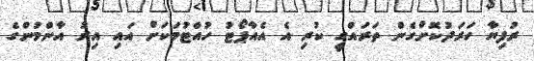
ރުފިޔާ ހަރަދުކޮށްގެން ތަރައްގީ ކުރި އެ އެއާޕޯޓު ހުއްޓުމަކަށް އައި އިރު އާންމުންގެ